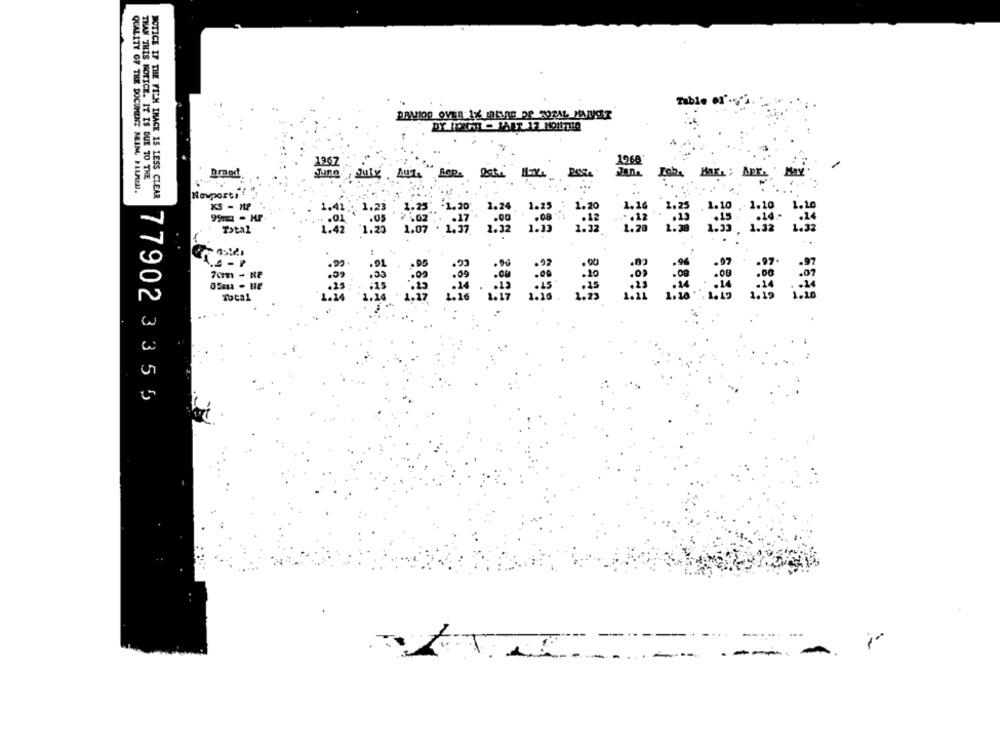
Table Of'."
1967
1268'
THAN THIS NOTICE. IT IS DUE TO THE
Draed
June July Aut.
Max
QUALITY OF THE DOCUMENT NEING ILLAHU.
NOTICE IF THE FILM INACE 15 LESS CLEAR
Newport !!
KS - HP
1.24
1.20
1.23 1.20
1.16
Total
1.20
1.20
7cm - RP
Total
779023355
-